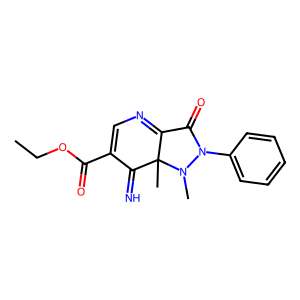
SMILES: CCOC(=O)C1=CN=C2C(=O)N(c3ccccc3)N(C)C2(C)C1=N
Inhibits HIV replication: No